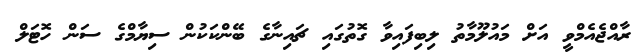
ރާއްޖެއެމްވީ އަށް މައުލޫމާތު ލިބިފައިވާ ގޮތުގައި ޗައިނާގެ ބޭންކަކުން ސިޔާމްގެ ސަން ހޮޓަލް